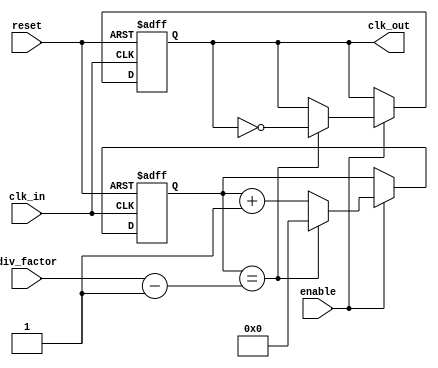
module clock_divider_buffer (
    input wire clk_in,         // Input clock signal
    input wire reset,         // Asynchronous reset
    input wire enable,        // Enable signal
    input wire [31:0] div_factor, // Division factor (N)
    output reg clk_out        // Output clock signal
);

    reg [31:0] counter;       // Counter to count input clock cycles

    // Asynchronous reset and counter logic
    always @(posedge clk_in or posedge reset) begin
        if (reset) begin
            counter <= 32'b0;  // Reset the counter
            clk_out <= 1'b0;   // Reset output clock
        end else if (enable) begin
            if (counter == (div_factor - 1)) begin
                clk_out <= ~clk_out; // Toggle output clock on reaching division factor
                counter <= 32'b0;     // Reset counter after toggling
            end else begin
                counter <= counter + 1; // Increment counter
            end
        end
    end

endmodule